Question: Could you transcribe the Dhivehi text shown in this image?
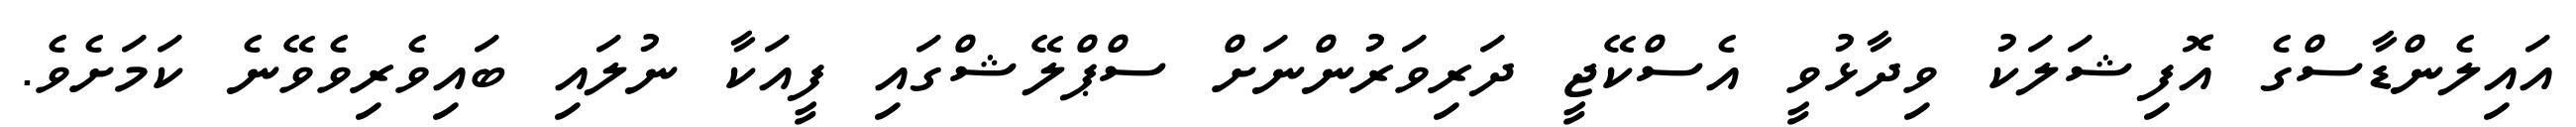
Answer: އައިލެންޑާސްގެ އޮފިޝަލަކު ވިދާޅުވީ އެސްކޭޖީ ދަރިވަރުންނަށް ސްޕްލޭޝްގައި ފީއަކާ ނުލައި ބައިވެރިވެވޭނެ ކަމަށެވެ.